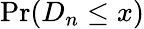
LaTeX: \Pr(D_{n}\leq x)